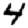
Digit: 4